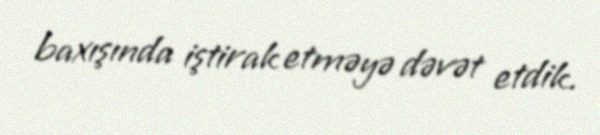
baxışında iştirak etməyə dəvət etdik.